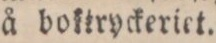
å boktryckeriet.